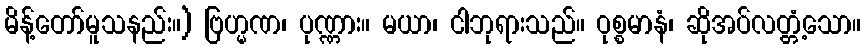
မိန့်တော်မူသနည်း။) ဗြဟ္မဏ၊ ပုဏ္ဏား။ မယာ၊ ငါဘုရားသည်။ ဝုစ္စမာနံ၊ ဆိုအပ်လတ္တံ့သော။